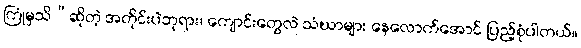
ကြုံမှသိ”ဆိုတဲ့ အတိုင်းပဲဘုရား၊ ကျောင်းတွေလဲ သံဃာများ နေလောက်အောင် ပြည့်စုံပါတယ်။